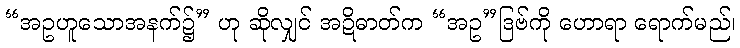
“အဥဟူသောအနက်၌” ဟု ဆိုလျှင် အဍိဓာတ်က “အဥ”ဒြဗ်ကို ဟောရာ ရောက်မည်၊